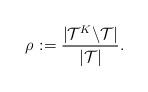
LaTeX: \begin{align*}\rho_{} := \frac{|\mathcal{T}^K \backslash \mathcal{T}|}{|\mathcal{T}|}.\end{align*}